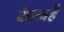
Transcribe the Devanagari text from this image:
देवत्वहै